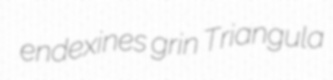
endexines grin Triangula